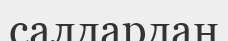
салдардан